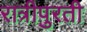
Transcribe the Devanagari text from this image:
रात्रीपुरती